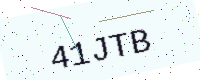
Text: 41JTB